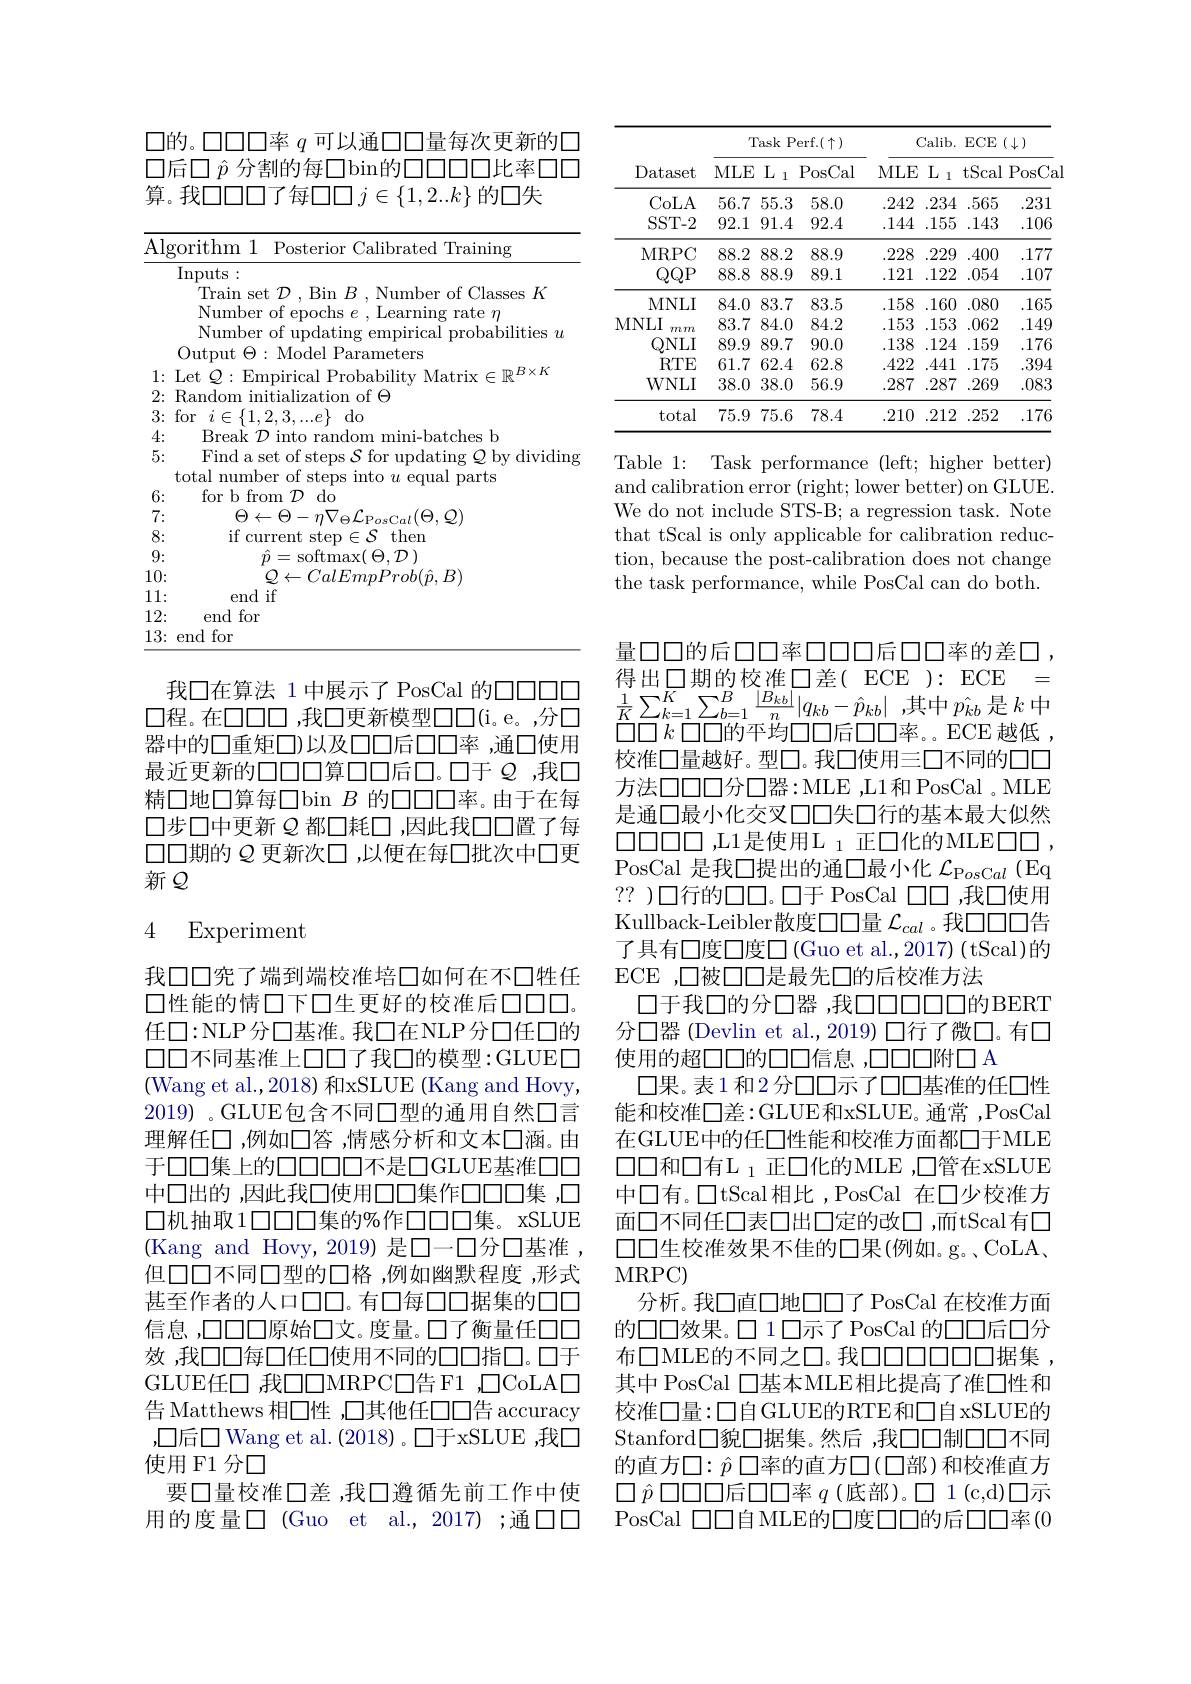
$\square$的。口口口口率 $q$ 可以通口口量每次更新的口$\square$后口 $\hat{p}$ 分割的每□bin的口口口口比率口口算。我口口口了每口口$j\in\{1,2..k\}$ 的口失

<table>
	<tbody>
		<tr>
			<th>Al 1 $\frac{1}{2}=\frac{1}{2}=\frac{1}{2}$ 411 $\frac{1}{2}$ $a_{1}=\frac{1}{2}$ </th>
			<th>gorithm 1 Posterior Calibrated Training</th>
		</tr>
		<tr>
			<td> </td>
			<td>Inputs: </td>
		</tr>
		<tr>
			<td> </td>
			<td>$\Pi_{\mathrm{ra}}$ $\cdot(1)asspc$ $k$</td>
		</tr>
		<tr>
			<td> </td>
			<td></td>
		</tr>
		<tr>
			<td> </td>
			<td>Numher $\cdot\mathrm{of}_{\mathrm{undatin}}$ probabilities $i$ $u$</td>
		</tr>
		<tr>
			<td> </td>
			<td>$()_{\mathrm{ll}}$tnut arameters</td>
		</tr>
		<tr>
			<td>1 $w$ 一</td>
			<td>$\textcircled{1}B\times K$</td>
		</tr>
		<tr>
			<td>2: 1 ,</td>
			<td>Random of $\Theta$ mitia 10m</td>
		</tr>
		<tr>
			<td>3:</td>
			<td>for $\eta\leftarrow$ $\left\{1\right\}$ $\because1$ do</td>
		</tr>
		<tr>
			<td>4: 1 1</td>
			<td>Break $\cdot77$ ini- batches b</td>
		</tr>
		<tr>
			<td>5:</td>
			<td>Find a set of steps $\mathcal{S}$ for updating $\mathcal{Q}$ by dividing total number of steps into $u$ equal parts</td>
		</tr>
		<tr>
			<td>6: $w$</td>
			<td>for b from $\mathcal{D}$ $do$</td>
		</tr>
		<tr>
			<td>7: $w$ 一</td>
			<td>$\Theta_{1}$ $x_{l}(\Theta,\mathcal{Q})$ L</td>
		</tr>
		<tr>
			<td>8:</td>
			<td>$if$ ${\mathrm{~current}}$ S then</td>
		</tr>
		<tr>
			<td>9:</td>
			<td>$n-$ $\operatorname{softmax}(\Theta,\mathcal{D})$</td>
		</tr>
		<tr>
			<td>10:</td>
			<td>${\mathcal{C}}alEmpProb(\hat{p}.B)$</td>
		</tr>
		<tr>
			<td>11:</td>
			<td>end if</td>
		</tr>
		<tr>
			<td>12:</td>
			<td>end for</td>
		</tr>
		<tr>
			<td>13: 1 </td>
			<td>end for</td>
		</tr>
	</tbody>
</table>

我口在算法 1 中展示了 PosCal 的口口口口$\square$程。在口口口，我口更新模型口口(i。e。,分口器中的口重矩口)以及口口后口口率 ,通口使用最近更新的口口口算口口后口。口于Q，我口精口地口算每$\square bin B 的口口口率。由于在每$ 口步口中更新$\varrho$都口耗口 ,因此我口口置了每口口期的$\varrho$更新次口 ,以便在每口批次中口更新$Q$

## 4 Experiment

我口口究了端到端校准培口如何在不口牲任口性能的情口下口生更好的校准后口口口。任口：NLP分口基准。我口在NLP分口任口的$\square\square$不同基准上口口了我口的模型：GLUED (Wang et al.,2018) 和xSLUE (Kang and Hovy, 2019) 。GLUE包含不同口型的通用自然口言理解任口 ,例如口答 ,情感分析和文本口涵。由于口口集上的口口口口不是口GLUE基准口口中口出的 ,因此我口使用口口集作口口口集 ,口口机抽取10000集的%作口口口集。xSLUE ( Kang and Hovy, 2019) 是 $\square$- $\square$分 $\square$基 准 , 但口口不同口型的口格，例如幽默程度，形式甚至作者的人口口口。有口每口口据集的口口信息，口口口原始口文。度量。口了衡量任口口效，我口口每口任口使用不同的口口指口。口于GLUE任口 我$\square\square$MRPC口告 F1 ,$\square$CoLA$\square$ 告 Matthews 相口性 ,口其他任口口告 accuracy ,口后口 Wang et al. (2018)。口于xSLUE ,我口使用 F1 分口
要口量校准口差 ,我口遵循先前工作中使用的度量口 (Guo et al.,2017);通口口

<table>
	<tbody>
		<tr>
			<th rowspan="2">Dataset</th>
			<th>7</th>
			<th>$\Gamma_{\mathrm{ask~P}}$</th>
			<th>$\operatorname{erf.}(\uparrow)$</th>
			<th colspan="4">Calib. ECE $(\downarrow)$</th>
		</tr>
		<tr>
			<th>$MLE$</th>
			<th>$L$ 1 1 J</th>
			<th>PosCal</th>
			<th>$MLE$</th>
			<th>$L$ 1</th>
			<th>tScal</th>
			<th>PosCa</th>
		</tr>
		<tr>
			<td>CoLA</td>
			<td>56.7</td>
			<td>55.3</td>
			<td>58.0</td>
			<td>.242</td>
			<td>.234</td>
			<td>565</td>
			<td>.231</td>
		</tr>
		<tr>
			<td>$SST-2$</td>
			<td>92.1</td>
			<td>91.4</td>
			<td>92.4</td>
			<td>.144 $\frac{1}{2}=\frac{1}{2}=\frac{1}{2}$</td>
			<td>.155</td>
			<td>.143</td>
			<td>106</td>
		</tr>
		<tr>
			<td rowspan="2">MRPC $QQP$</td>
			<td>88.2</td>
			<td>88.2</td>
			<td>88.9</td>
			<td>.228</td>
			<td>.229</td>
			<td>.400</td>
			<td>.177</td>
		</tr>
		<tr>
			<td></td>
			<td>88.9</td>
			<td>89.1</td>
			<td>121</td>
			<td>.122</td>
			<td></td>
			<td>107</td>
		</tr>
		<tr>
			<td>MNLI</td>
			<td>84.0</td>
			<td></td>
			<td>83.5</td>
			<td>.158</td>
			<td>.160</td>
			<td>.080</td>
			<td>.165</td>
		</tr>
		<tr>
			<td>MNLI $mm$</td>
			<td>83.7</td>
			<td>84.0</td>
			<td>84.2</td>
			<td>.153</td>
			<td>.153</td>
			<td>.062</td>
			<td>.149 </td>
		</tr>
		<tr>
			<td>$QNLI$</td>
			<td>89.9</td>
			<td>89.7</td>
			<td>90.0</td>
			<td>.138</td>
			<td>.124</td>
			<td>159</td>
			<td>176</td>
		</tr>
		<tr>
			<td>$RTE$</td>
			<td>61.7</td>
			<td>62.4</td>
			<td>62.8</td>
			<td>.422</td>
			<td>.441</td>
			<td>.175</td>
			<td></td>
		</tr>
		<tr>
			<td>WNLI</td>
			<td>38.0</td>
			<td>38.0</td>
			<td>56.9</td>
			<td>.287</td>
			<td>.287</td>
			<td>.269</td>
			<td>.083</td>
		</tr>
		<tr>
			<td>total</td>
			<td>75.9</td>
			<td>75.6</td>
			<td>78.4</td>
			<td>.210</td>
			<td>212</td>
			<td>.252</td>
			<td>.176 </td>
		</tr>
	</tbody>
</table>

Table 1: Task performance (left; higher better) and calibration error (right; lower better) on GLUE We do not include STS-B; a regression task. Note that tScal is only applicable for calibration reduction, because the post-calibration does not change the task performance, while PosCal can do both.

量口口的后口口率口口口后口口率的差口， 得出口期的校准◯差(ECE):ECE= $\frac{1}{K}\sum_{k=1}^{K}\sum_{b=1}^{B}\frac{|B_{kb}|}{n}|q_{kb}-\hat{p}_{kb}|$,其中$p_{\hat{kb}}$ 是$k$ 中$\square\square k\square\square\square$的平均口口后口口率。ECE 越低， 校准口量越好。型口。我口使用三口不同的口口方法口口口分口器：MLE,L1和PosCal .MLE 是通口最小化交叉口口失口行的基本最大似然PosCal 是我口提出的通口最小化$\mathcal{L}_{\mathrm{P}os\mathrm{C}al}$ (Eq ?? )口行的口口。口于 PosCal $\square\square\square$ ,我口使用Kullback-Leibler散度口口量$\mathcal{L}_{cal}$。我口口口告了具有口度口度口度口(Guo et al.,2017)(tScal)的ECE ,口被口口是最先口的后校准方法
口于我口的分口器 ,我口口口口口的BERT 分口器 (Devlin et al.,2019) 口行了微口。有口使用的超口口的口口信息，口口口附口 A
口果。表1 和2 分口口示了口口基准的任口性能和校准口差：GLUE和xSLUE。通常，PosCal 在GLUE中的任口性能和校准方面都口于MLE $\square\square$和口有L 1正口化的MLE ,口管在xSLUE 中口有。□tScal相比，PosCal 在口少校准方面口不同任口表口出口定的改口，而tScal有口$\square\square$生校准效果不佳的口果(例如。g。、CoLA、 MRPC)
分析。我口直口地口口了 PosCal 在校准方面的口口效果。口1口示了PosCal 的口口后口分布$\square$MLE的不同之口。我$\square\square\square\square\square\square\square$据集， 其中 PosCal 口基本MLE相比提高了准口性和校准口量：口自GLUE的RTE和口自xSLUE的Stanford$\square$貌口据集。然后，我口口制口口不同的直方$\square:\hat{p}$ 口率的直方口(口部)和校准直方$\square\hat{p}\square\square\square\square$后口口率$q$(底部)。$\square1($c,d)口示PosCal 口口自MLE的口度口口的后口口率(0)